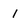
Character: 1